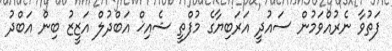
ފަތުވާ ނެރުއްވަމުން ސައުދީ އަރަބިޔާގެ މުފްތީ ޝެއިޚް އަބްދުލް އަޒީޒު ބިން އަބްދު